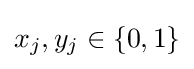
x_{j},y_{j}\in \{0,1\}